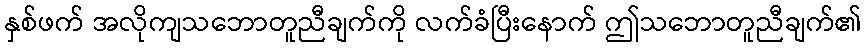
နှစ်ဖက် အလိုကျသဘောတူညီချက်ကို လက်ခံပြီးနောက် ဤသဘောတူညီချက်၏